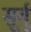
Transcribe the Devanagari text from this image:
सूर्यु